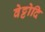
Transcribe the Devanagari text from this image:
वेट्टोदि